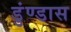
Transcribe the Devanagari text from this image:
डुंण्डास